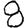
Digit: 8